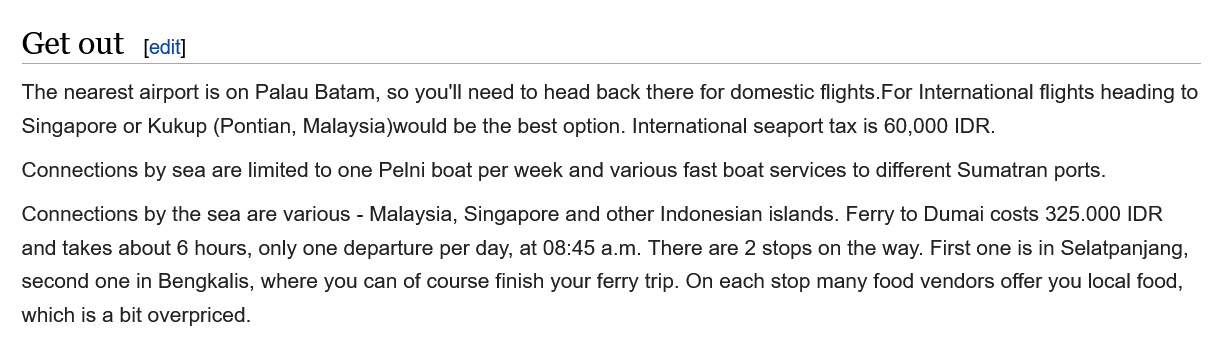
Get out
   The nearest airport is on Palau Batam, so you'll need to head back there for domestic flights.For International flights heading to
   Singapore or Kukup (Pontian, Malaysia)would be the best option. International seaport tax is 60,000 IDR.
   Connections by sea are limited to one Pelni boat per week and various fast boat services to different Sumatran ports.
   Connections by the sea are various
     - Malaysia, Singapore and other Indonesian islands. Ferry to Dumai costs 325.000 IDR
   and takes about 6 hours, only one departure per day, at 08:45 a.m. There are 2 stops on the way. First one is in Selatpanjang,
   second one in Bengkalis, where you can of course finish your ferry trip. On each stop many food vendors offer you local food,
   which is a bit overpriced.